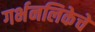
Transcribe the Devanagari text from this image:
गर्भनलिकेचे